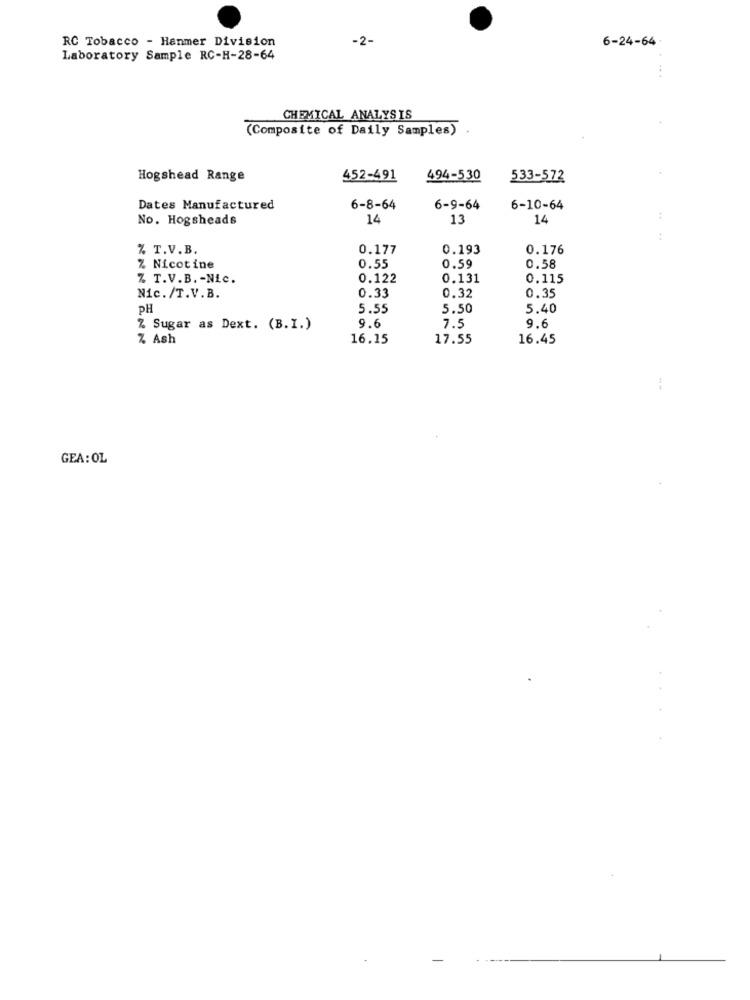
RC Tobacco - Hanmer Division
-2-
6-24-64-
Laboratory Sample RC-H-28-64
CHEMICAL ANALYSIS
(Composite of Daily Samples)
Hogshead Range
452-491
494-530
533-572
Dates Manufactured
6-8-64
6-9-64
6-10-64
No. Hogsheads
14
13
14
:
% T.V.B.
0.177
0.193
0.176
0.55
0.59
% Nicotine
0.58
Z T.V.B. - Nic.
0.122
0.131
0.115
0.35
Nic./T.V.B.
0.33
0.32
PH
5.55
5.50
5.40
% Sugar as Dext. (B.I.)
9.6
7.5
9.6
Z Ash
16.15
17.55
16.45
--
GEA: OL